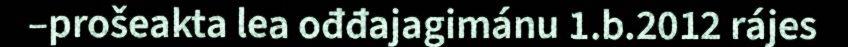
–prošeakta lea ođđajagimánu 1.b.2012 rájes